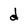
Character: d